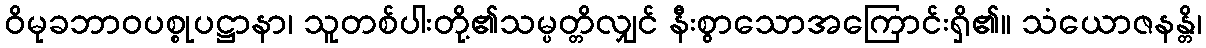
ဝိမုခဘာဝပစ္စုပဋ္ဌာနာ၊ သူတစ်ပါးတို့၏သမ္ပတ္တိလျှင် နီးစွာသောအကြောင်းရှိ၏။ သံယောဇနန္တိ၊